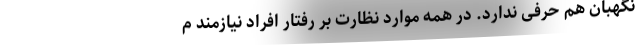
نگهبان هم حرفی ندارد. در همه موارد نظارت بر رفتار افراد نیازمند م